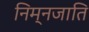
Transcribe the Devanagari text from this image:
निम्नजाति